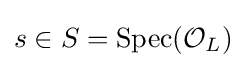
s\in S=\mathrm {Spec} ({\mathcal {O}}_{L})